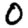
Digit: 0